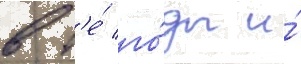
в т'е́ го́ды и́